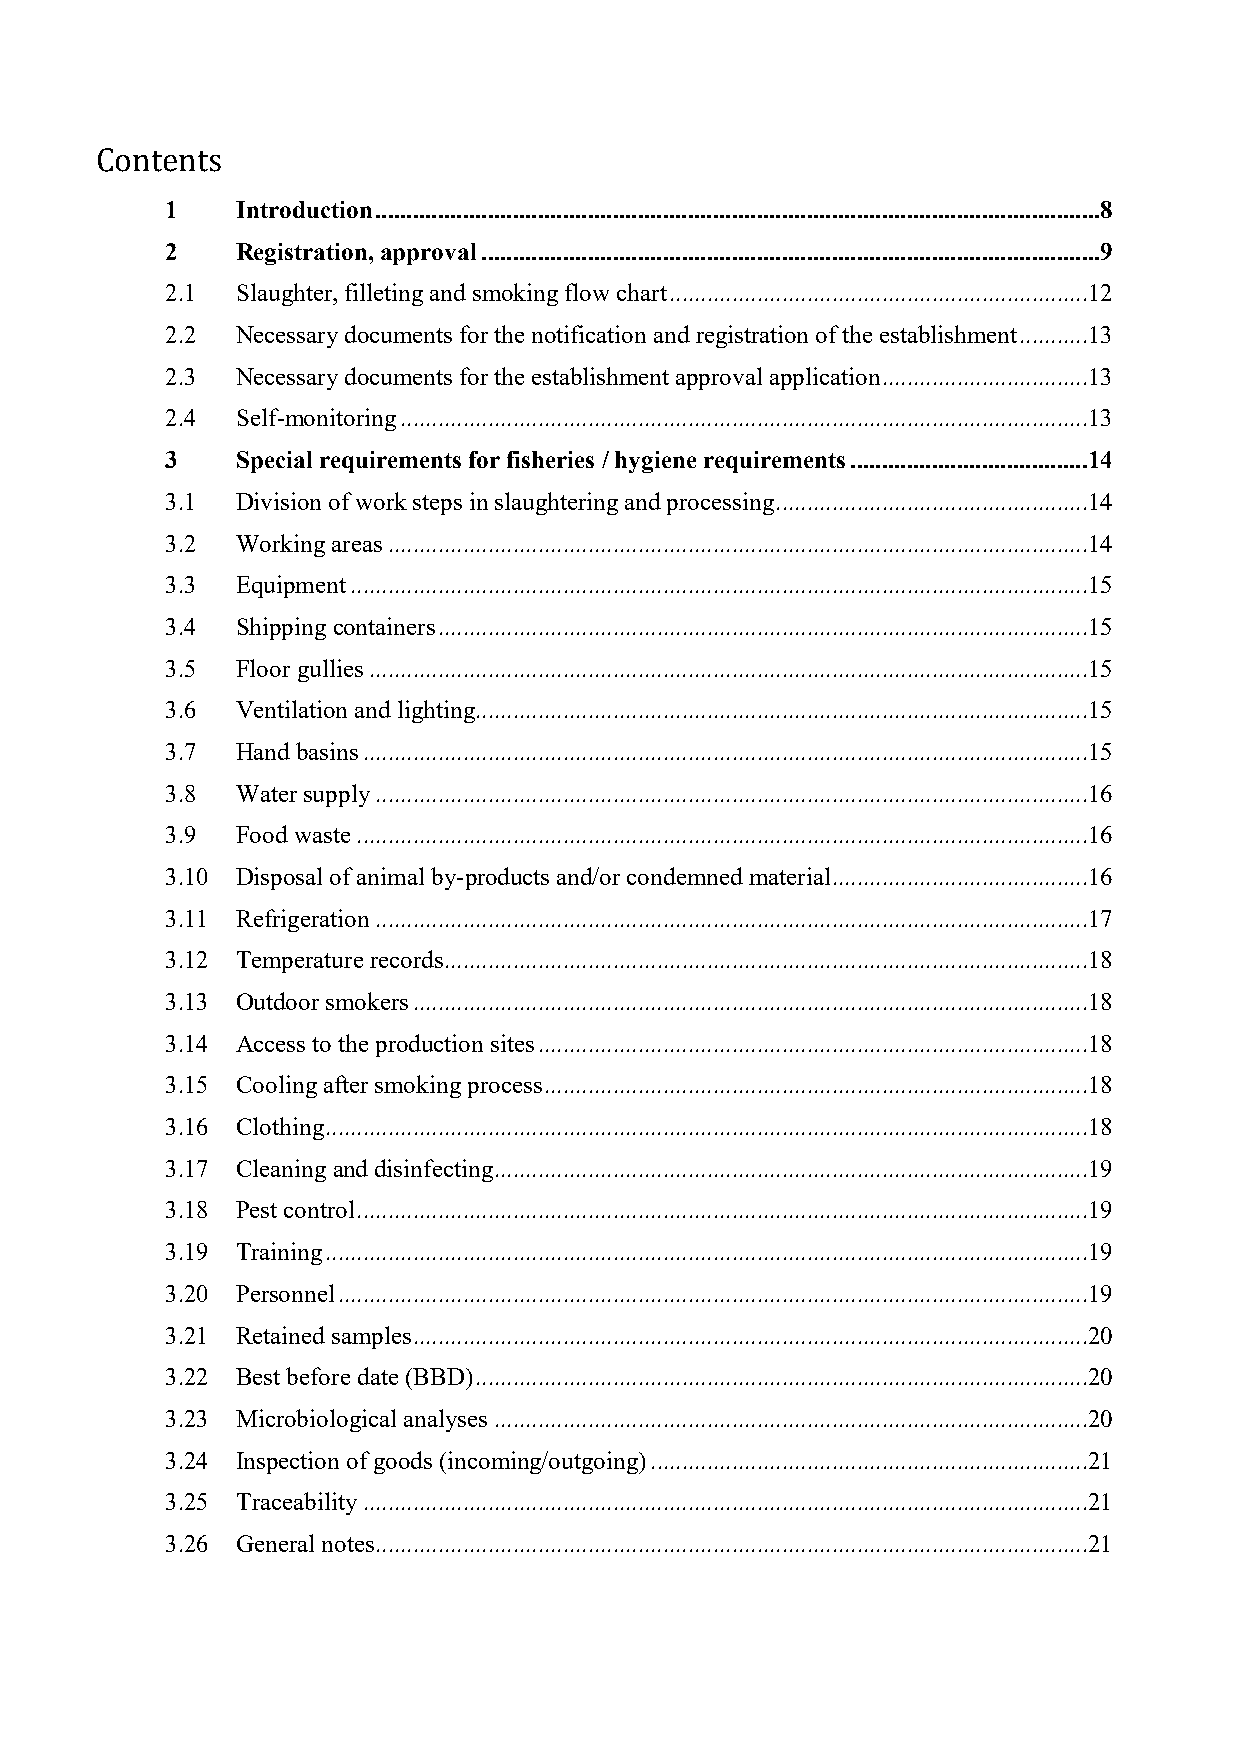
Contents
 1    Introduction ....................................................................................................................8
 2    Registration, approval ...................................................................................................9
 2.1  Slaughter, filleting and smoking flow chart ...................................................................12
 2.2  Necessary documents for the notification and registration of the establishment ...........13
 2.3  Necessary documents for the establishment approval application .................................13
 2.4  Self-monitoring ..............................................................................................................13
 3    Special requirements for fisheries / hygiene requirements ......................................14
 3.1  Division of work steps in slaughtering and processing ..................................................14
 3.2  Working areas ................................................................................................................14
 3.3  Equipment ......................................................................................................................15
 3.4  Shipping containers ........................................................................................................15
 3.5  Floor gullies ...................................................................................................................15
 3.6  Ventilation and lighting..................................................................................................15
 3.7  Hand basins ....................................................................................................................15
 3.8  Water supply ..................................................................................................................16
 3.9  Food waste .....................................................................................................................16
 3.10 Disposal of animal by-products and/or condemned material .........................................16
 3.11 Refrigeration ..................................................................................................................17
 3.12 Temperature records.......................................................................................................18
 3.13 Outdoor smokers ............................................................................................................18
 3.14 Access to the production sites ........................................................................................18
 3.15 Cooling after smoking process .......................................................................................18
 3.16 Clothing ..........................................................................................................................18
 3.17 Cleaning and disinfecting ...............................................................................................19
 3.18 Pest control .....................................................................................................................19
 3.19 Training ..........................................................................................................................19
 3.20 Personnel ........................................................................................................................19
 3.21 Retained samples ............................................................................................................20
 3.22 Best before date (BBD) ..................................................................................................20
 3.23 Microbiological analyses ...............................................................................................20
 3.24 Inspection of goods (incoming/outgoing) ......................................................................21
 3.25 Traceability ....................................................................................................................21
 3.26 General notes ..................................................................................................................21